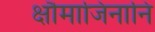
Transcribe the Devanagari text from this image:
क्षौमाजिनानि